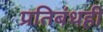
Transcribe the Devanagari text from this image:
प्रतिबंधही